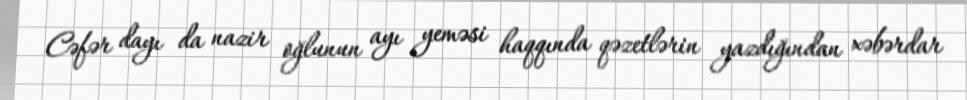
Cəfər dayı da nazir oğlunun ayı yeməsi haqqında qəzetlərin yazdığından xəbərdar